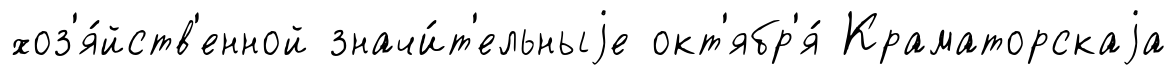
хоз'я́йств'енной значи́т'ельныjе окт'ябр'я́ Краматорскаjа